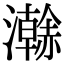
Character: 𤃬